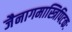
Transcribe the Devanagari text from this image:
जैनागमास्त्रिपिटकः